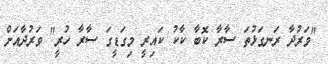
"ވަރުދާ ރަނގަޅުތަ ސާރާ ކޮބާ ކާކު ކައިރީ މިގަޑީގަ ސާރާ ހުރީ" ވަރުދާއަށް